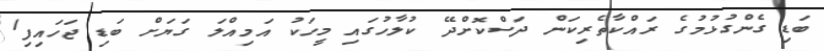
ބަޑި ގެންގުޅުމުގެ ރައްކާތެރިކަން ދަސްކޮށްދޭ ކުލާހުގައި މީހަކު އަމިއްލަ ގަޔަށް ބަޑި ޖަހައިފި1